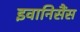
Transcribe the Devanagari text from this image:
इवानिसैंस